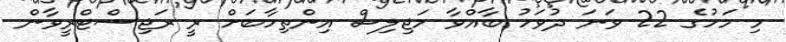
މި މަހުގެ 22 ވަނަ ދުވަހު ބާއްވާ މަޖިލިސް އިންތިހާބަށް ރީ ރަޖިސްޓްރީވާން